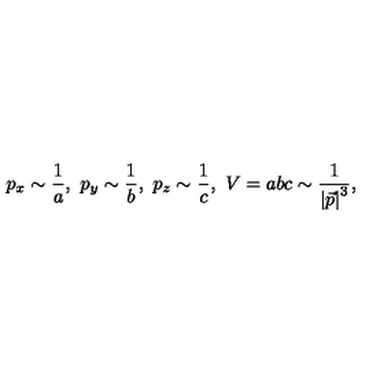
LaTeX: p _ { x } \sim \frac 1 a , \ p _ { y } \sim \frac 1 b , \ p _ { z } \sim \frac 1 c , \ V = a b c \sim \frac 1 { \left| \vec { p } \right| ^ { 3 } } ,